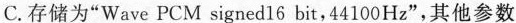
C.存储为“Wave PCM signed16bit，44100Hz”，其他参数